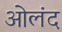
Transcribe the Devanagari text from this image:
ओलंद